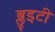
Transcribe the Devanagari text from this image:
ब्लुइटी